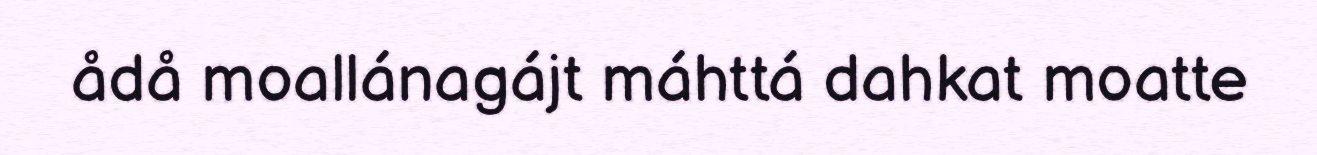
ådå moallánagájt máhttá dahkat moatte